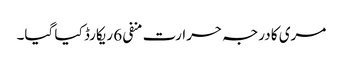
مری کا درجہ حرارت منفی 6 ریکارڈ کیا گیا۔